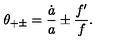
\theta _ { + \pm } = { \frac { \dot { a } } { a } } \pm { \frac { f ^ { \prime } } { f } } .